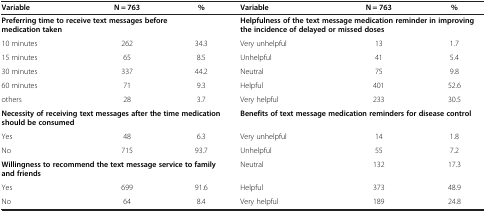
| Variable | N = 763 | % | Variable | N = 763 | % |
 | --- | --- | --- | --- | --- | --- |
 | <COLSPAN=3> Preferring time to receive text messages before medication taken | <COLSPAN=3> Helpfulness of the text message medication reminder in improving the incidence of delayed or missed doses |
 | 10 minutes | 262 | 34.3 | Very unhelpful | 13 | 1.7 |
 | 15 minutes | 65 | 8.5 | Unhelpful | 41 | 5.4 |
 | 30 minutes | 337 | 44.2 | Neutral | 75 | 9.8 |
 | 60 minutes | 71 | 9.3 | Helpful | 401 | 52.6 |
 | others | 28 | 3.7 | Very helpful | 233 | 30.5 |
 | <COLSPAN=3> Necessity of receiving text messages after the time medication should be consumed | <COLSPAN=3> Benefits of text message medication reminders for disease control |
 | Yes | 48 | 6.3 | Very unhelpful | 14 | 1.8 |
 | No | 715 | 93.7 | Unhelpful | 55 | 7.2 |
 | <COLSPAN=3> Willingness to recommend the text message service to family and friends | Neutral | 132 | 17.3 |
 | Yes | 699 | 91.6 | Helpful | 373 | 48.9 |
 | No | 64 | 8.4 | Very helpful | 189 | 24.8 |